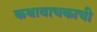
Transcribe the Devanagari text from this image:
कथावाचकाची